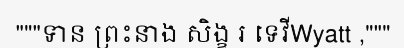
"""ទាន ព្រះនាង សិង្ខ រ ទេវីWyatt ,"""